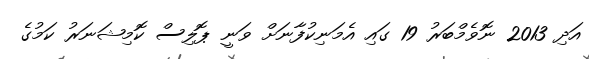
އަދި 2013 ނޮވެމްބަރު 19 ގައި އެމަނިކުފާނަށް ވަނީ ޕޮލިސް ކޮމިޝަނަރު ކަމުގެ